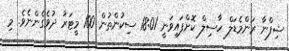
ޝިފްނާ ރަންމެޑަލް ހާސިލް ކޮށްފައިވަނީ 18:01 ސިކުންތުން 100 މީޓަރު ދުވެގެންނެވެ. މި